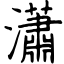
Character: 瀟